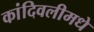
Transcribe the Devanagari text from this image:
कांदिवलीमधे